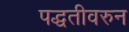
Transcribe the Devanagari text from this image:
पद्धतीवरुन